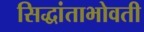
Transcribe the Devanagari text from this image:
सिद्धांताभोवती